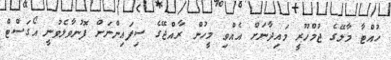
ހުއްޓާ މާލޭގެ ޖުމްހޫރީ މައިދާނަށް އެއްވި މީހުން ރާއްޖޭގެ ސިފައިންނަށް ފޮނުވާލެވުނީ އޯގަސްޓް